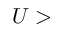
U >